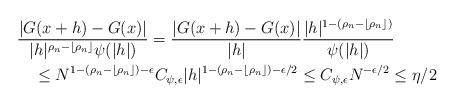
LaTeX: \begin{align*}&\frac{|G(x+h)-G(x)|}{|h|^{\rho_n-\lfloor\rho_n\rfloor}\psi(|h|)}= \frac{|G(x+h)-G(x)|}{|h|} \frac{|h|^{1-(\rho_n-\lfloor\rho_n\rfloor)}}{\psi(|h|)}\\&\quad\le {N^{1-(\rho_n-\lfloor\rho_n\rfloor)-\epsilon}} C_{\psi,\epsilon}{|h|^{1-(\rho_n-\lfloor\rho_n\rfloor)-\epsilon/2}}\le C_{\psi,\epsilon} N^{-\epsilon/2}\le \eta/2\end{align*}